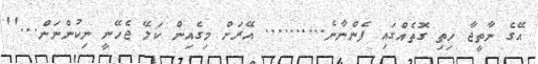
އޭގެ ނާތީޖާ ހިތި ގޮތެއްގައި ފެންނާނެ.......... އޭރަށް މިގެއިން ކަލޭ ޖެހޭނީ ނިކުންނަން...''